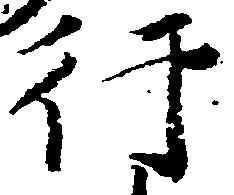
行